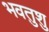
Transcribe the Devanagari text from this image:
भवतुशु